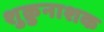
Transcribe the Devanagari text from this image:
शुक्रुनाशक